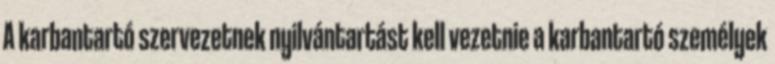
A karbantartó szervezetnek nyilvántartást kell vezetnie a karbantartó személyek